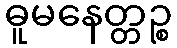
ဓူမနေတ္တဉ္စ